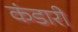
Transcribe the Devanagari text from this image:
कंडारी